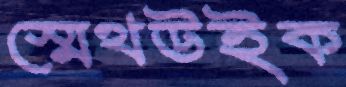
স্মেথউইক